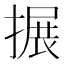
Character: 搌